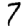
Digit: 7